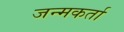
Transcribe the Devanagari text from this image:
जन्मकर्ता